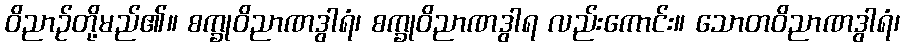
ဝိညာဉ်တို့မည်၏။ စက္ခုဝိညာဏဒွါရံ၊ စက္ခုဝိညာဏဒွါရ လည်းကောင်း။ သောတဝိညာဏဒွါရံ၊